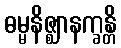
ဓမ္မနိဇ္ဈာနက္ခန္တိ